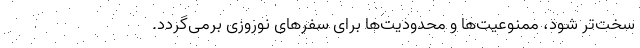
سخت‌تر شود، ممنوعیت‌ها و محدودیت‌ها برای سفرهای نوروزی برمی‌گردد.